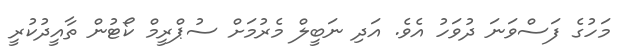
މަހުގެ ފަސްވަނަ ދުވަހު އެވެ. އަދި ނަބީލް މެރުމަށް ސުޕްރީމް ކޯޓުން ތާއީދުކުރީ